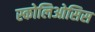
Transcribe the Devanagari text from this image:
स्कोलिओसिस